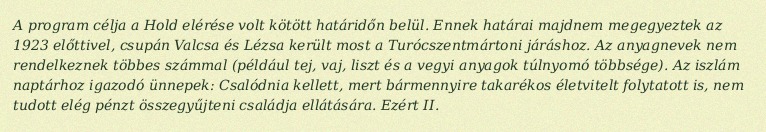
A program célja a Hold elérése volt kötött határidőn belül. Ennek határai majdnem megegyeztek az 1923 előttivel, csupán Valcsa és Lézsa került most a Turócszentmártoni járáshoz. Az anyagnevek nem rendelkeznek többes számmal (például tej, vaj, liszt és a vegyi anyagok túlnyomó többsége). Az iszlám naptárhoz igazodó ünnepek: Csalódnia kellett, mert bármennyire takarékos életvitelt folytatott is, nem tudott elég pénzt összegyűjteni családja ellátására. Ezért II.